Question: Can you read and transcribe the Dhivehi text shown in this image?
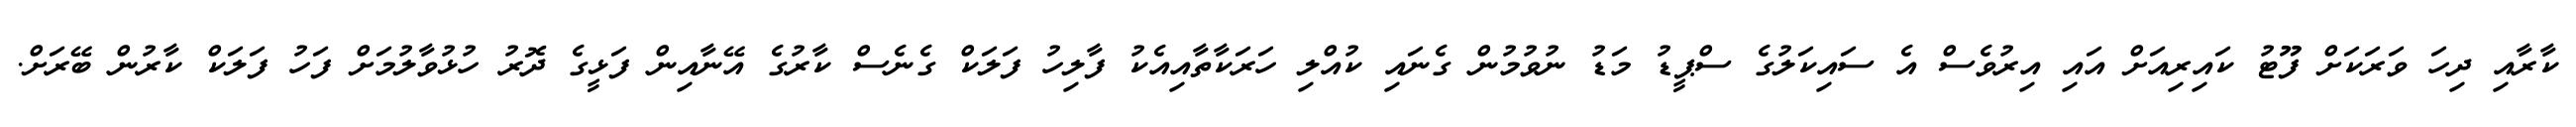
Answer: ކާރާއި ދިހަ ވަރަކަށް ފޫޓު ކައިރިއަށް އައި އިރުވެސް އެ ސައިކަލުގެ ސްޕީޑު މަޑު ނުވުމުން ގެނައި ކުއްލި ހަރަކާތާއިއެކު ފާލިހު ފަލަކް ގެނެސް ކާރުގެ އޭނާއިން ފަޅީގެ ދޮރު ހުޅުވާލުމަށް ފަހު ފަލަކް ކާރުން ބޭރަށް.